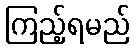
ကြည့်ရမည်